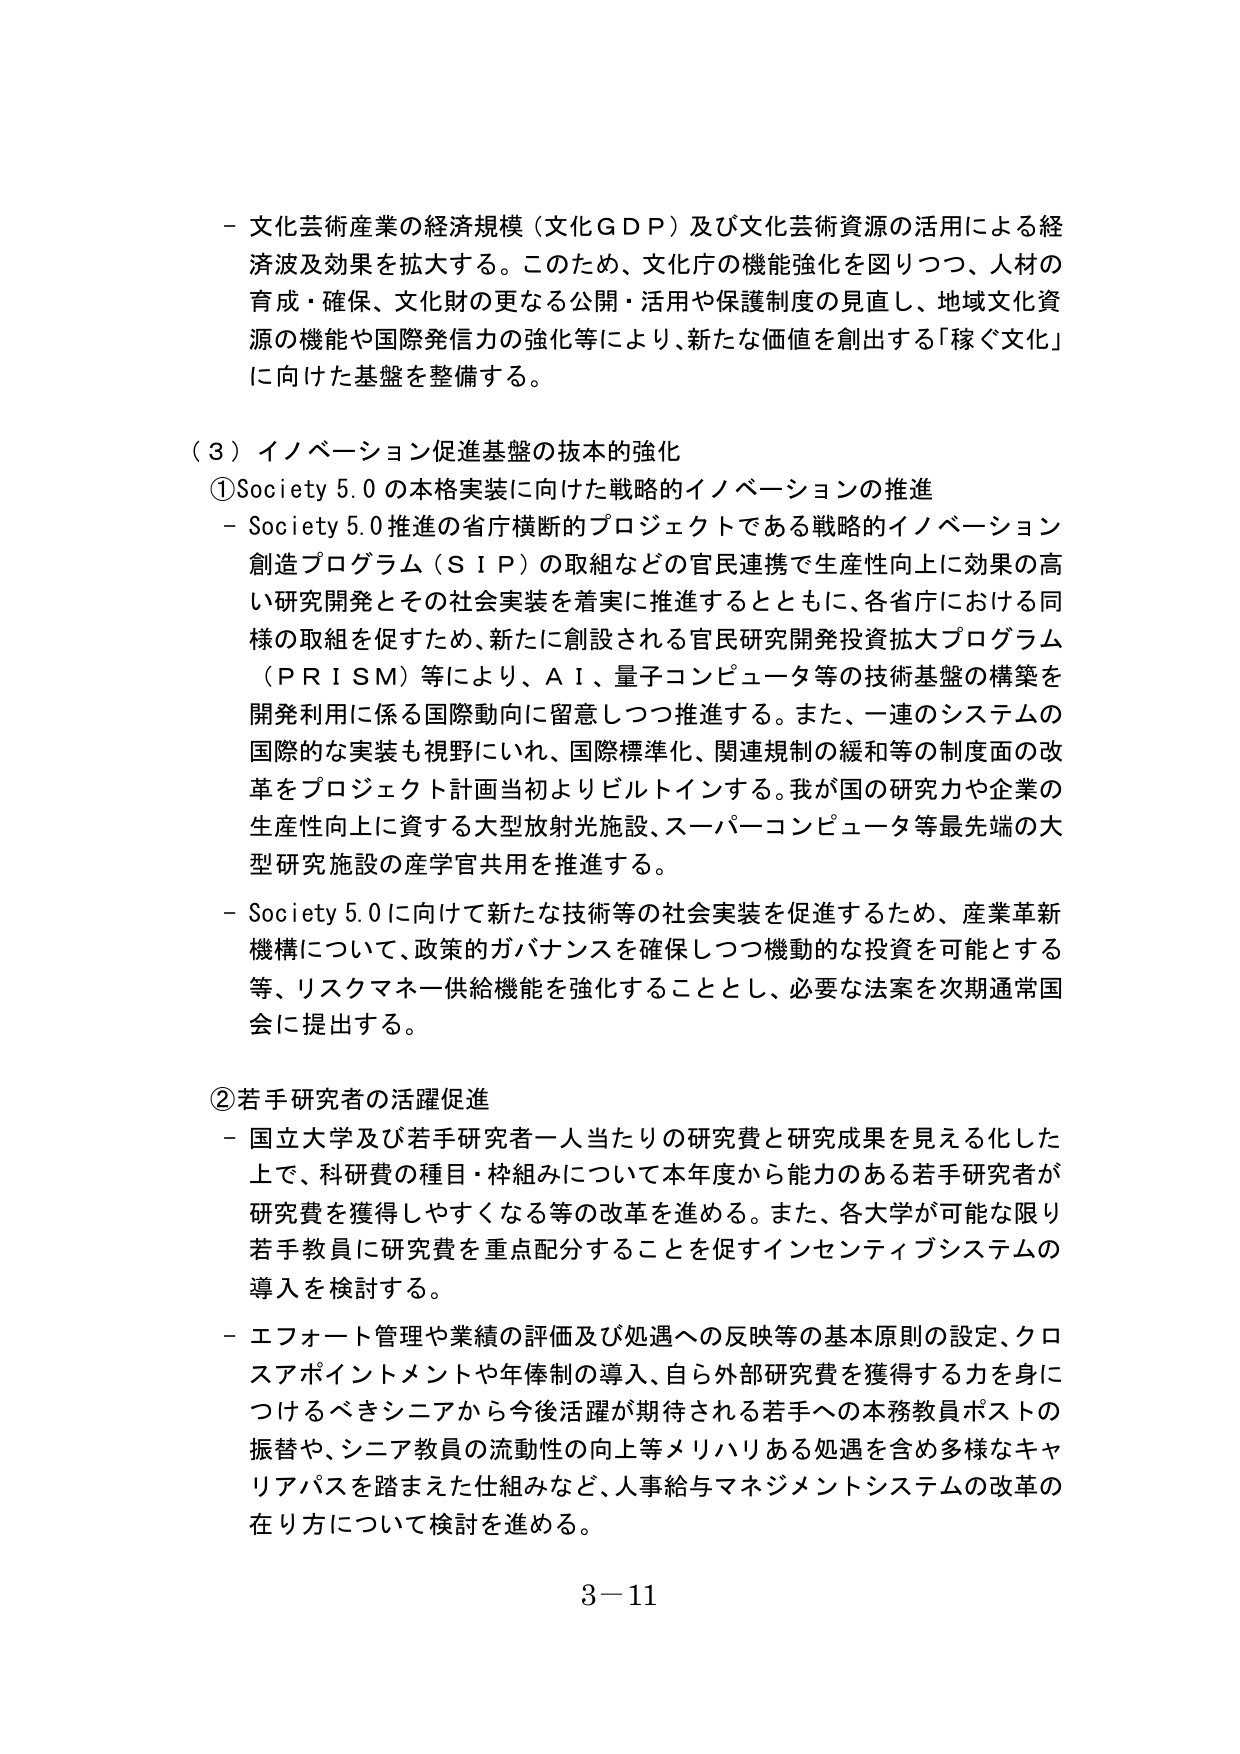
- 文化芸術産業の経済規模（文化ＧＤＰ）及び文化芸術資源の活用による経済波及効果を拡大する。このため、文化庁の機能強化を図りつつ、人材の育成・確保、文化財の更なる公開・活用や保護制度の見直し、地域文化資源の機能や国際発信力の強化等により、新たな価値を創出する「稼ぐ文化」に向けた基盤を整備する。

（３）イノベーション促進基盤の抜本的強化

①Society 5.0 の本格実装に向けた戦略的イノベーションの推進
- Society 5.0 推進の省庁横断的プロジェクトである戦略的イノベーション創造プログラム（ＳＩＰ）の取組などの官民連携で生産性向上に効果の高い研究開発とその社会実装を着実に推進するとともに、各省庁における同様の取組を促すため、新たに創設される官民研究開発投資拡大プログラム（ＰＲＩＳＭ）等により、ＡＩ、量子コンピュータ等の技術基盤の構築を開発利用に係る国際動向に留意しつつ推進する。また、一連のシステムの国際的な実装も視野にいれ、国際標準化、関連規制の緩和等の制度面の改革をプロジェクト計画当初よりビルトインする。我が国の研究力や企業の生産性向上に資する大型放射光施設、スーパーコンピュータ等最先端の大型研究施設の産学官共用を推進する。
- Society 5.0 に向けて新たな技術等の社会実装を促進するため、産業革新機構について、政策的ガバナンスを確保しつつ機動的な投資を可能とする等、リスクマネー供給機能を強化することとし、必要な法案を次期通常国会に提出する。

②若手研究者の活躍促進
- 国立大学及び若手研究者一人当たりの研究費と研究成果を見える化した上で、科研費の種目・枠組みについて本年度から能力のある若手研究者が研究費を獲得しやすくなる等の改革を進める。また、各大学が可能な限り若手教員に研究費を重点配分することを促すインセンティブシステムの導入を検討する。
- エフォート管理や業績の評価及び処遇への反映等の基本原則の設定、クロスアポイントメントや年俸制の導入、自ら外部研究費を獲得する力を身につけるべきシニアから今後活躍が期待される若手への本務教員ポストの振替や、シニア教員の流動性の向上等メリハリある処遇を含む多様なキャリアパスを踏まえた仕組みなど、人事給与マネジメントシステムの改革の在り方について検討を進める。

3－11